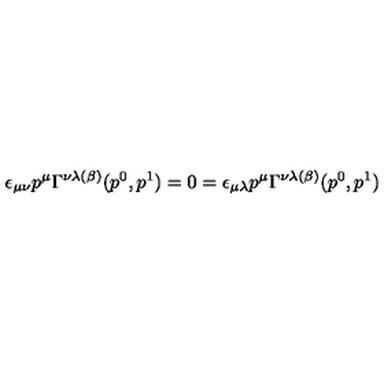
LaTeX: \epsilon _ { \mu \nu } p ^ { \mu } \Gamma ^ { \nu \lambda ( \beta ) } ( p ^ { 0 } , p ^ { 1 } ) = 0 = \epsilon _ { \mu \lambda } p ^ { \mu } \Gamma ^ { \nu \lambda ( \beta ) } ( p ^ { 0 } , p ^ { 1 } )